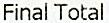
FINAL TOTAL